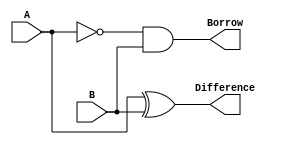
module half_subtractor (
    input A,
    input B,
    output Difference,
    output Borrow
);
    wire NotA;

    xor (Difference, A, B);  // XOR gate for difference
    not (NotA, A);           // NOT gate for A
    and (Borrow, NotA, B);   // AND gate for borrow
endmodule